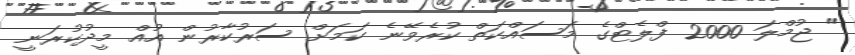
" ޖުމްލަ 2000 ފްލެޓްގެ މަސައްކަތް ކުރެވޭނެ ކަމަށް ސަރުކާރުން އުއް މީދުކުރަނީ